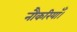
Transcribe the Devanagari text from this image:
नौकरियाँ।